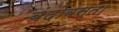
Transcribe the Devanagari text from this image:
बंदोबस्त।